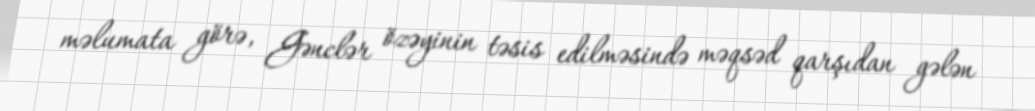
məlumata görə, Gənclər özəyinin təsis edilməsində məqsəd qarşıdan gələn